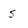
Character: s